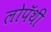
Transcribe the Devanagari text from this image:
लोपॅथी